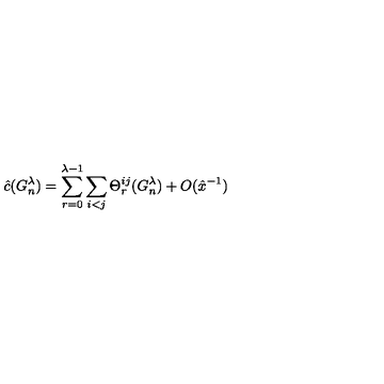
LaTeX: \hat { c } ( G _ { n } ^ { \lambda } ) = \sum _ { r = 0 } ^ { \lambda - 1 } \sum _ { i < j } \Theta _ { r } ^ { i j } ( G _ { n } ^ { \lambda } ) + O ( \hat { x } ^ { - 1 } )